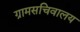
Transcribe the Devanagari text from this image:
ग्रामसचिवालय